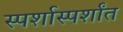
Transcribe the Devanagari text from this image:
स्पर्शास्पर्शांत